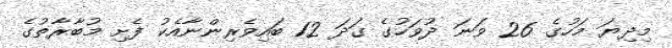
މިދިޔަ މަހުގެ 26 ވަނަ ދުވަހުގެ ގަދަ 12 ބައިވެރިންނާއެކު ފެށި މުބާރާތުގެ